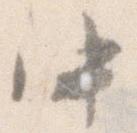
中